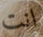
انت